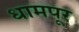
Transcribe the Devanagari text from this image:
धामपूर